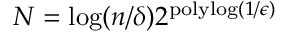
N = \log ( n / \delta ) 2 ^ { \mathrm { p o l y l o g } ( 1 / \epsilon ) }